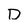
Character: D